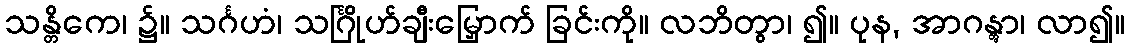
သန္တိကေ၊ ၌။ သင်္ဂဟံ၊ သင်္ဂြိုဟ်ချီးမြှောက် ခြင်းကို။ လဘိတွာ၊ ၍။ ပုန, အာဂန္တွာ၊ လာ၍။